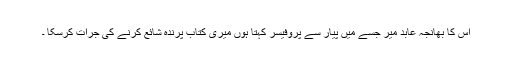
اس کا بھانجہ عابد میر جسے میں پیار سے پروفیسر کہتا ہوں میری کتاب پرندہ شائع کرنے کی جرات کرسکا ۔